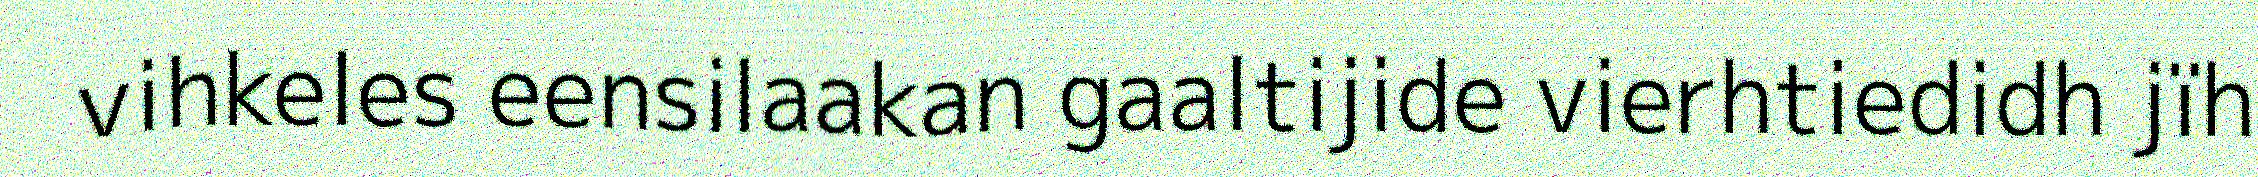
vihkeles eensilaakan gaaltijide vierhtiedidh jïh